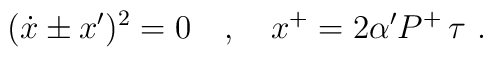
(\dot{x}\pm x')^2=0\ \ \ ,\ \ \ x^+=2\alpha' P^+\,\tau\ .